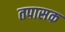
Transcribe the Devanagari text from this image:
तपासक